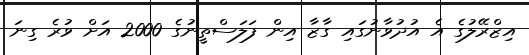
އިޒްރޭލުގެ އެ އުދުވާނުގައި ގާޒާ އިން ފަލަސްތީނުގެ 2000 އަށް ވުރެ ގިނަ